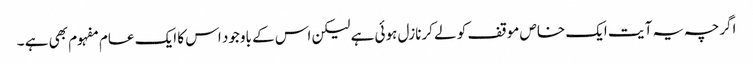
اگرچہ یہ آ یت ایک خاص موقف کو لے کرنازل ہوئی ہے لیکن اس کے باوجود اس کا ایک عام مفہوم بھی ہے ۔